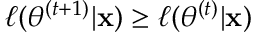
\ell ( \theta ^ { ( t + 1 ) } | \mathbf x ) \geq \ell ( \theta ^ { ( t ) } | \mathbf x )